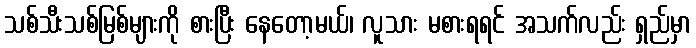
သစ်သီးသစ်မြစ်များကို စားပြီး နေတော့မယ်၊ လူသား မစားရရင် အသက်လည်း ရှည်မှာ